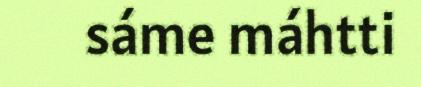
sáme máhtti